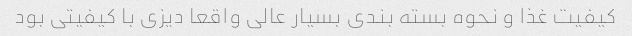
کیفیت غذا و نحوه بسته بندی بسیار عالی واقعا دیزی با کیفیتی بود